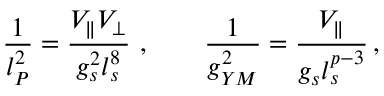
\frac { 1 } { l _ { P } ^ { 2 } } = \frac { V _ { \parallel } V _ { \perp } } { g _ { s } ^ { 2 } l _ { s } ^ { 8 } } \ , \qquad \frac { 1 } { g _ { Y M } ^ { 2 } } = \frac { V _ { \parallel } } { g _ { s } l _ { s } ^ { p - 3 } } \, ,